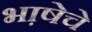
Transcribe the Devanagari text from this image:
भा़षेचे